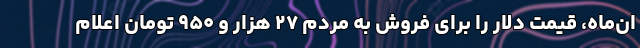
ان‌ماه، قیمت دلار را برای فروش به مردم ۲۷ هزار و ۹۵۰ تومان اعلام